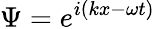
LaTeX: \Psi=e^{i(kx-\omega t)}\,